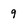
Character: q